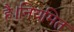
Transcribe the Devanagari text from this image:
है।नियमित